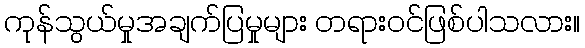
ကုန်သွယ်မှုအချက်ပြမှုများ တရားဝင်ဖြစ်ပါသလား။